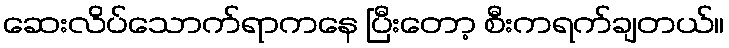
ဆေးလိပ်သောက်ရာကနေ ပြီးတော့ စီးကရက်ချတယ်။